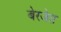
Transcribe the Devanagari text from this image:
बेरजेत